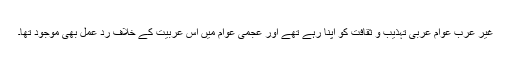
غیر عرب عوام عربی تہذیب و ثقافت کو اپنا رہے تھے اور عجمی عوام میں اس عربیت کے خلاف رد عمل بھی موجود تھا۔